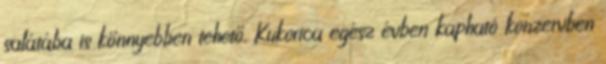
salátába is könnyebben tehető. Kukorica egész évben kapható konzervben